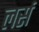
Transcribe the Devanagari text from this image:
लर्स